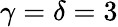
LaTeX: \gamma=\delta=3